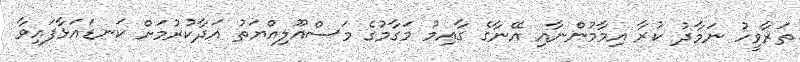
ތަރާވީހު ނަމާދު ކުރާ އިމާމުންނާއި އޭނާގެ ގާއިމު މަގާމުގެ މަސްއޫލިއްޔަތު އަދާކުރުމަށް ކަނޑައަޅާފައިވާ